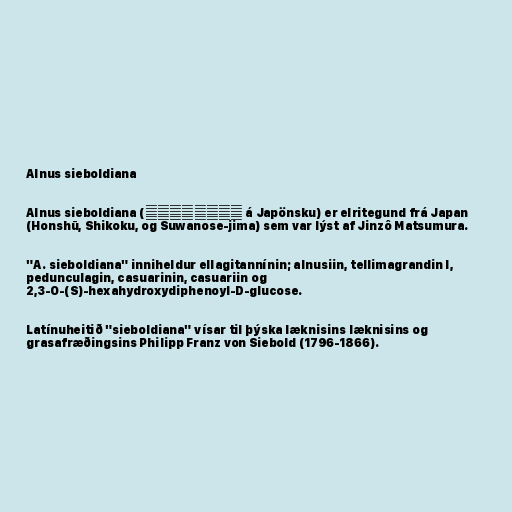
Alnus sieboldiana

Alnus sieboldiana (オオバヤシャブシ á Japönsku) er elritegund frá Japan
(Honshū, Shikoku, og Suwanose-jima) sem var lýst af Jinzô Matsumura.

"A. sieboldiana" inniheldur ellagitannínin; alnusiin, tellimagrandin I,
pedunculagin, casuarinin, casuariin og
2,3-O-(S)-hexahydroxydiphenoyl-D-glucose.

Latínuheitið "sieboldiana" vísar til þýska læknisins læknisins og
grasafræðingsins Philipp Franz von Siebold (1796-1866).